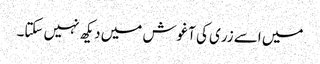
میں اسے زری کی آغوش میں دیکھ نہیں سکتا۔